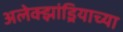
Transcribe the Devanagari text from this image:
अलेक्झांड्रियाच्या